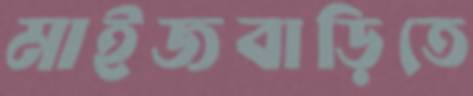
মাইজবাড়িতে